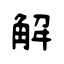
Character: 解